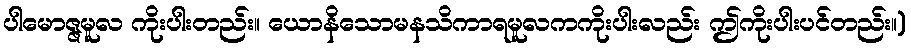
ပါမောဇ္ဇမူလ ကိုးပါးတည်း။ ယောနိသောမနသိကာရမူလကကိုးပါးလည်း ဤကိုးပါးပင်တည်း။)